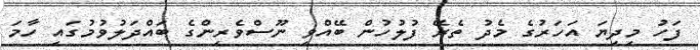
ފަހު މިދިޔަ އަހަރުގެ މެދު ތެރޭ ފުލުހުން ބޭއްވި ނޫސްވެރިންގެ ބައްދަލުވުމުގައި ހާމަ